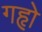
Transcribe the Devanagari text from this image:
गहृो